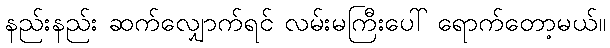
နည်းနည်း ဆက်လျှောက်ရင် လမ်းမကြီးပေါ် ရောက်တော့မယ်။